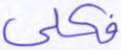
فكلي